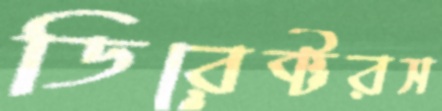
ডিরেক্টরস